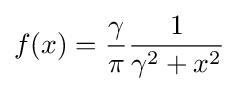
f(x)={\frac {\gamma }{\pi }}{\frac {1}{\gamma ^{2}+x^{2}}}